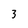
Character: 3